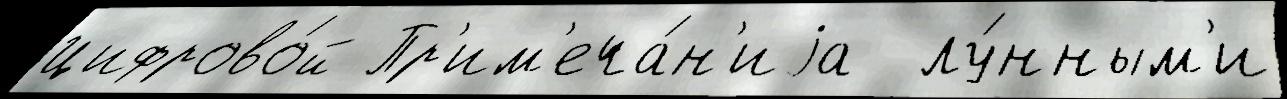
Цифрово́й Пр'им'еча́н'иjа  лу́нным'и